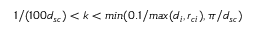
1 / ( 1 0 0 d _ { s c } ) < k < m i n ( 0 . 1 / m a x ( d _ { i } , r _ { c i } ) , \pi / d _ { s c } )